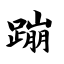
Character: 蹦